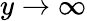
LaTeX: y\rightarrow\infty